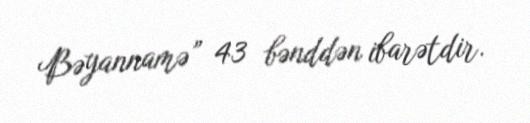
Bəyannamə” 43 bənddən ibarətdir.